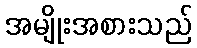
အမျိုးအစားသည်